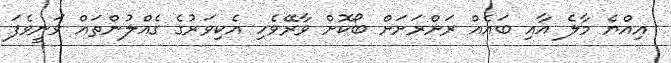
އިއްޔެ މާލެ އާއި ބައެއް ރަށްރަށަށް ބޯކޮށް ވާރޭވެހި އެކިވަރުގެ ގެއްލުންތައް ވަނީވެފަ